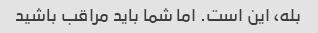
بله، این است. اما شما باید مراقب باشید